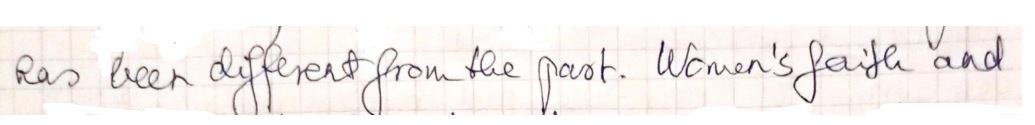
has been different from the past. Women's faith " and